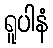
ရူပါနံ